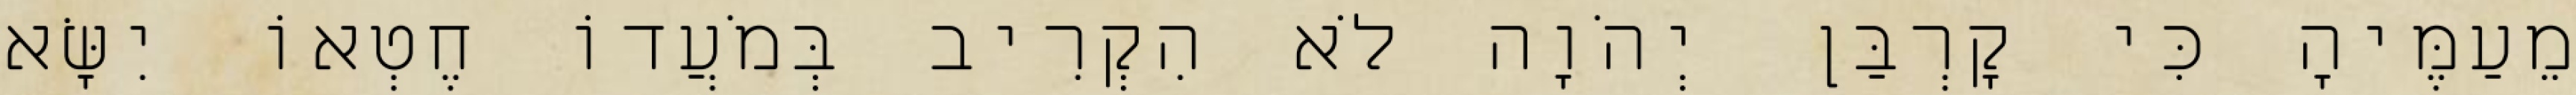
מֵעַמֶּיהָ כִּי קָרְבַּן יְהֹוָה לֹא הִקְרִיב בְּמֹעֲדוֹ חֶטְאוֹ יִשָּׂא